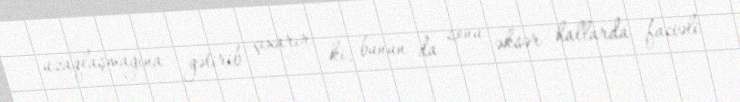
uzaqlaşmağına gətirib çıxarır ki, bunun da sonu əksər hallarda faciəli